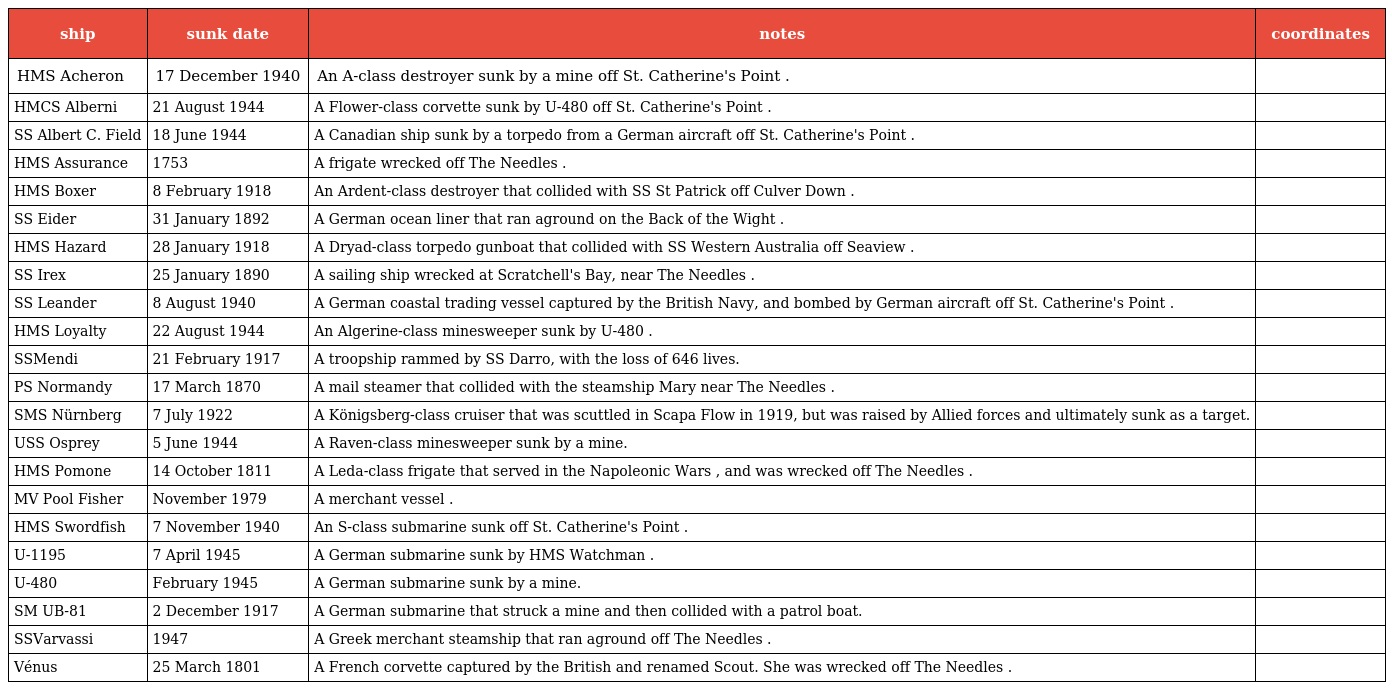
| ship | sunk date | notes | coordinates |
 | --- | --- | --- | --- |
 | HMS Acheron | 17 December 1940 | An A-class destroyer sunk by a mine off St. Catherine's Point . |  |
 | HMCS Alberni | 21 August 1944 | A Flower-class corvette sunk by U-480 off St. Catherine's Point . |  |
 | SS Albert C. Field | 18 June 1944 | A Canadian ship sunk by a torpedo from a German aircraft off St. Catherine's Point . |  |
 | HMS Assurance | 1753 | A frigate wrecked off The Needles . |  |
 | HMS Boxer | 8 February 1918 | An Ardent-class destroyer that collided with SS St Patrick off Culver Down . |  |
 | SS Eider | 31 January 1892 | A German ocean liner that ran aground on the Back of the Wight . |  |
 | HMS Hazard | 28 January 1918 | A Dryad-class torpedo gunboat that collided with SS Western Australia off Seaview . |  |
 | SS Irex | 25 January 1890 | A sailing ship wrecked at Scratchell's Bay, near The Needles . |  |
 | SS Leander | 8 August 1940 | A German coastal trading vessel captured by the British Navy, and bombed by German aircraft off St. Catherine's Point . |  |
 | HMS Loyalty | 22 August 1944 | An Algerine-class minesweeper sunk by U-480 . |  |
 | SSMendi | 21 February 1917 | A troopship rammed by SS Darro, with the loss of 646 lives. |  |
 | PS Normandy | 17 March 1870 | A mail steamer that collided with the steamship Mary near The Needles . |  |
 | SMS Nürnberg | 7 July 1922 | A Königsberg-class cruiser that was scuttled in Scapa Flow in 1919, but was raised by Allied forces and ultimately sunk as a target. |  |
 | USS Osprey | 5 June 1944 | A Raven-class minesweeper sunk by a mine. |  |
 | HMS Pomone | 14 October 1811 | A Leda-class frigate that served in the Napoleonic Wars , and was wrecked off The Needles . |  |
 | MV Pool Fisher | November 1979 | A merchant vessel . |  |
 | HMS Swordfish | 7 November 1940 | An S-class submarine sunk off St. Catherine's Point . |  |
 | U-1195 | 7 April 1945 | A German submarine sunk by HMS Watchman . |  |
 | U-480 | February 1945 | A German submarine sunk by a mine. |  |
 | SM UB-81 | 2 December 1917 | A German submarine that struck a mine and then collided with a patrol boat. |  |
 | SSVarvassi | 1947 | A Greek merchant steamship that ran aground off The Needles . |  |
 | Vénus | 25 March 1801 | A French corvette captured by the British and renamed Scout. She was wrecked off The Needles . |  |